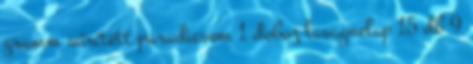
gramm sűrített paradicsom 1 doboz lasagnelap 15 db 9